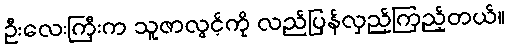
ဦးလေးကြီးက သူဇာလွင့်ကို လည်ပြန်လှည့်ကြည့်တယ်။